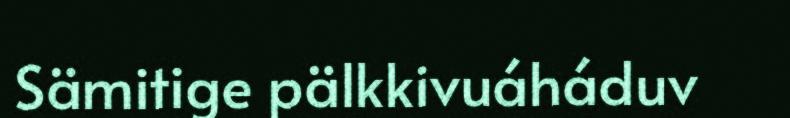
Sämitige pälkkivuáháduv